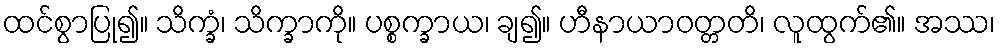
ထင်စွာပြု၍။ သိက္ခံ၊ သိက္ခာကို။ ပစ္စက္ခာယ၊ ချ၍။ ဟီနာယာဝတ္တတိ၊ လူထွက်၏။ အဿ၊